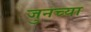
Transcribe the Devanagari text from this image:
जुनच्या